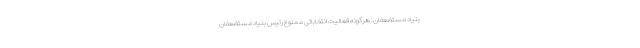
بنیاد مستضعفان: هرگونه فعالیت انتخاباتی ممنوع رئیس بنیاد مستضعفان